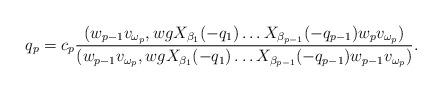
LaTeX: \begin{align*}q_p=c_p\frac{(w_{p-1}v_{\omega_p},wgX_{\beta_1}(-q_1)\ldots X_{\beta_{p-1}}(-q_{p-1})w_p v_{\omega_p})}{(w_{p-1}v_{\omega_p},wgX_{\beta_1}(-q_1)\ldots X_{\beta_{p-1}}(-q_{p-1})w_{p-1} v_{\omega_p})}.\end{align*}